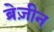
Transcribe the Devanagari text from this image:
ब्रेज़ीन